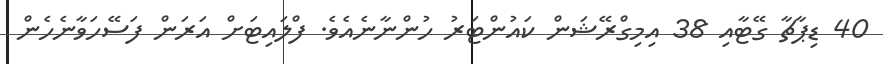
40 ޑިޕާޗާ ގޭޓާއި 38 އިމިގްރޭޝަން ކައުންޓަރު ހުންނާނެއެވެ. ފްލައިޓަށް އަރަން ފަސޭހަވާނެހެން